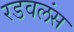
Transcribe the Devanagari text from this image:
रडवलंस